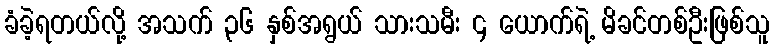
ခံခဲ့ရတယ်လို့ အသက် ၃၆ နှစ်အရွယ် သားသမီး ၄ ယောက်ရဲ့ မိခင်တစ်ဦးဖြစ်သူ